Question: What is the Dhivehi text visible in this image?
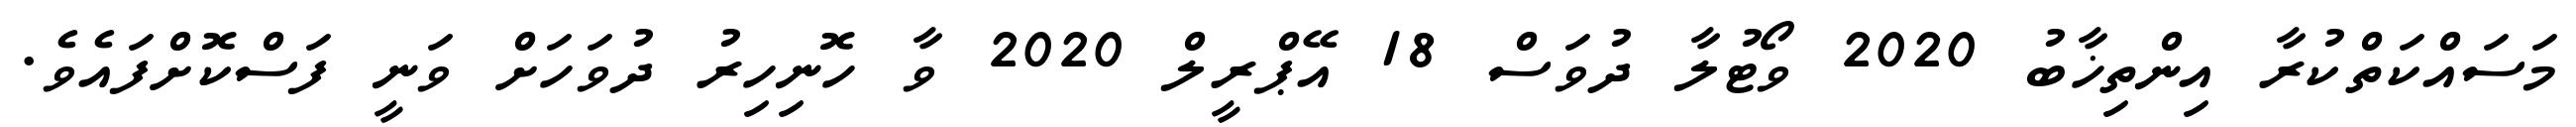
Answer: މަސައްކަތްކުރާ އިންތިޚާބު 2020 ވޯޓުލާ ދުވަސް 18 އޭޕްރީލް 2020 ވާ ހޮނިހިރު ދުވަހަށް ވަނީ ފަސްކޮށްފައެވެ.